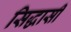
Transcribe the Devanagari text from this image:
सिद्धासी